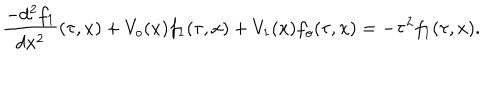
LaTeX: \frac { - d ^ { 2 } f _ { 1 } } { d x ^ { 2 } } ( \tau , x ) + V _ { o } ( x ) f _ { 1 } ( \tau , x ) + V _ { 1 } ( x ) f _ { o } ( \tau , x ) = - \tau ^ { 2 } f _ { 1 } ( \tau , x ) .